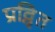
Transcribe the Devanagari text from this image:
प्रवृ़ित